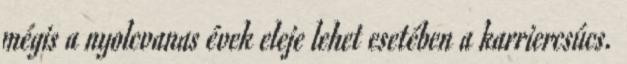
mégis a nyolcvanas évek eleje lehet esetében a karriercsúcs.